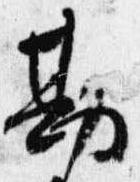
勘